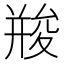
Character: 𠬌